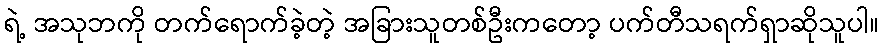
ရဲ့ အသုဘကို တက်ရောက်ခဲ့တဲ့ အခြားသူတစ်ဦးကတော့ ပက်တီသရက်ရှာဆိုသူပါ။